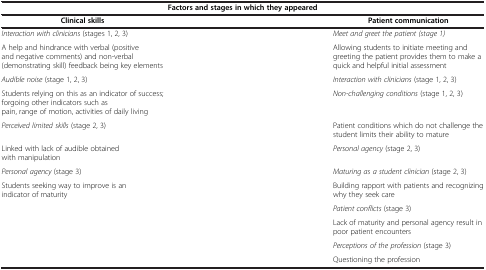
<table><thead><tr><td colspan="2"><b>Factors and stages in which they appeared</b></td></tr><tr><td><b>Clinical skills</b></td><td><b>Patient communication</b></td></tr></thead><tbody><tr><td><i>Interaction with clinicians</i> (stages 1, 2, 3)</td><td><i>Meet and greet the patient (stage 1)</i></td></tr><tr><td>A help and hindrance with verbal (positive and negative comments) and non-verbal (demonstrating skill) feedback being key elements</td><td>Allowing students to initiate meeting and greeting the patient provides them to make a quick and helpful initial assessment</td></tr><tr><td><i>Audible noise</i> (stage 1, 2, 3)</td><td><i>Interaction with clinicians</i> (stage 1, 2, 3)</td></tr><tr><td>Students relying on this as an indicator of success; forgoing other indicators such as pain, range of motion, activities of daily living</td><td><i>Non-challenging conditions</i> (stage 1, 2, 3)</td></tr><tr><td><i>Perceived limited skills</i> (stage 2, 3)</td><td>Patient conditions which do not challenge the student limits their ability to mature</td></tr><tr><td>Linked with lack of audible obtained with manipulation</td><td><i>Personal agency</i> (stage 2, 3)</td></tr><tr><td><i>Personal agency</i> (stage 3)</td><td><i>Maturing as a student clinician</i> (stage 2, 3)</td></tr><tr><td>Students seeking way to improve is an indicator of maturity</td><td>Building rapport with patients and recognizing why they seek care</td></tr><tr><td rowspan="4"> </td><td><i>Patient conflicts</i> (stage 3)</td></tr><tr><td>Lack of maturity and personal agency result in poor patient encounters</td></tr><tr><td><i>Perceptions of the profession</i> (stage 3)</td></tr><tr><td>Questioning the profession</td></tr></tbody></table>